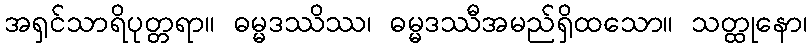
အရှင်သာရိပုတ္တရာ။ ဓမ္မဒဿိဿ၊ ဓမ္မဒဿီအမည်ရှိထသော။ သတ္ထုနော၊